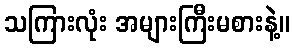
သကြားလုံး အများကြီးမစားနဲ့။